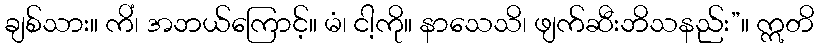
ချစ်သား။ ကိံ၊ အဘယ်ကြောင့်။ မံ၊ ငါ့ကို။ နာသေသိ၊ ဖျက်ဆီးဘိသနည်း”။ ဣတိ